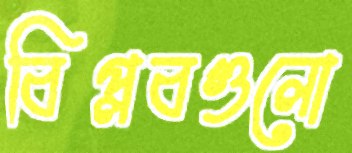
বিপ্লবগুলো